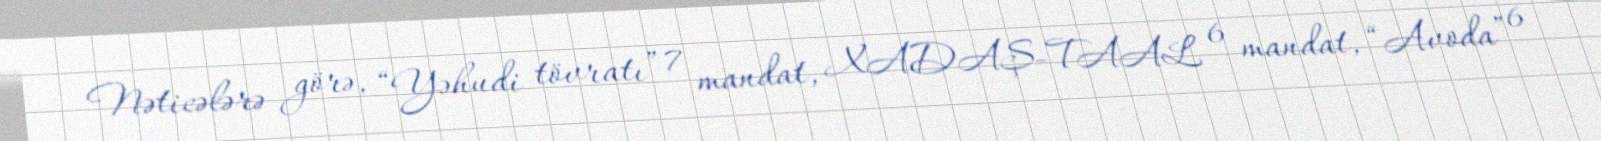
Nəticələrə görə, “Yəhudi tövratı” 7 mandat, XADAŞ-TAAL 6 mandat, “Avoda” 6